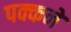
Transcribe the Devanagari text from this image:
पक्कने